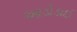
આડોડાઈ